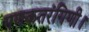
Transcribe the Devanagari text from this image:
गणकतरंगिणी।